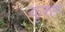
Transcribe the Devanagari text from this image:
कृशण